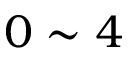
0 \sim 4